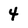
Character: 4